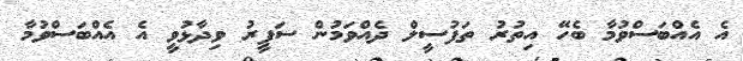
އެ އެއްބަސްވުމާ ބެހޭ އިތުރު ތަފުސީލް ދެއްވަމުން ސަފީރު ވިދާޅުވީ އެ އެއްބަސްވުމާ